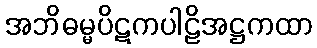
အဘိဓမ္မပိဋကပါဠိအဋ္ဌကထာ